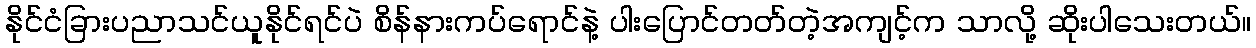
နိုင်ငံခြားပညာသင်ယူနိုင်ရင်ပဲ စိန်နားကပ်ရောင်နဲ့ ပါးပြောင်တတ်တဲ့အကျင့်က သာလို့ ဆိုးပါသေးတယ်။